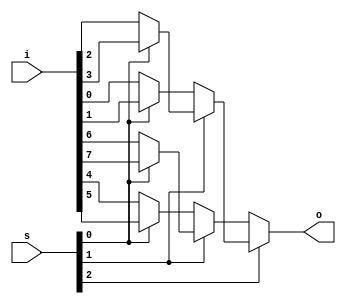
module mux4in16(input [7:0] i, input [2:0] s, output o);
    assign o = s[2] ? s[1] ? (s[0] ? i[3] : i[2]) : (s[0] ? i[1] : i[0])
                    : s[1] ? (s[0] ? i[7] : i[6]) : (s[0] ? i[5] : i[4]);
endmodule